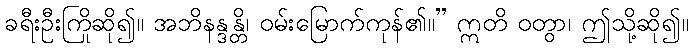
ခရီးဦးကြိုဆို၍။ အဘိနန္ဒန္တိ၊ ဝမ်းမြောက်ကုန်၏။” ဣတိ ဝတွာ၊ ဤသို့ဆို၍။